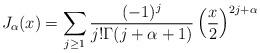
LaTeX: \begin{align*}J_\alpha(x)=\sum_{j\geq 1}\frac{(-1)^j}{j!\Gamma(j+\alpha+1)}\left(\frac{x}{2}\right)^{2j+\alpha}\end{align*}